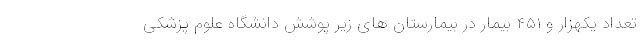
تعداد یکهزار و ۴۵۱ بیمار در بیمارستان های زیر پوشش دانشگاه علوم پزشکی